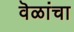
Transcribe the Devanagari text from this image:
वॆळांचा